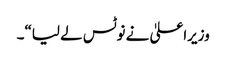
وزیراعلیٰ نے نوٹس لے لیا“۔